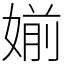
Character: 媊